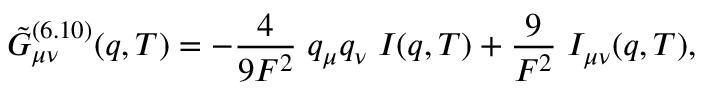
\tilde { G } _ { \mu \nu } ^ { ( 6 . 1 0 ) } ( q , T ) = - \frac { 4 } { 9 F ^ { 2 } } \; q _ { \mu } q _ { \nu } \; I ( q , T ) + \frac { 9 } { F ^ { 2 } } \; I _ { \mu \nu } ( q , T ) ,